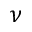
\nu